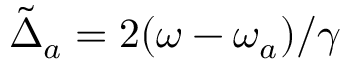
\tilde { \Delta } _ { a } = 2 ( \omega - \omega _ { a } ) / \gamma